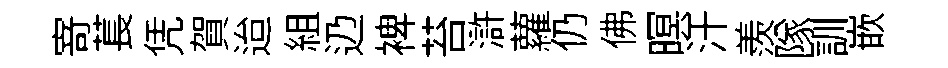
𭔃萇凭賀迨組辸裨苔滸蘿仍佛暝汗羨隊訓嵌